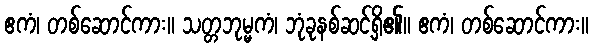
ဧကံ၊ တစ်ဆောင်ကား။ သတ္တဘုမ္မကံ၊ ဘုံခုနစ်ဆင့်ရှိ၏။ ဧကံ၊ တစ်ဆောင်ကား။